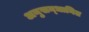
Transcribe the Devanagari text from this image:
अनुसन्‍धानित